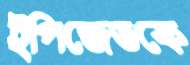
ইপিজেডকে